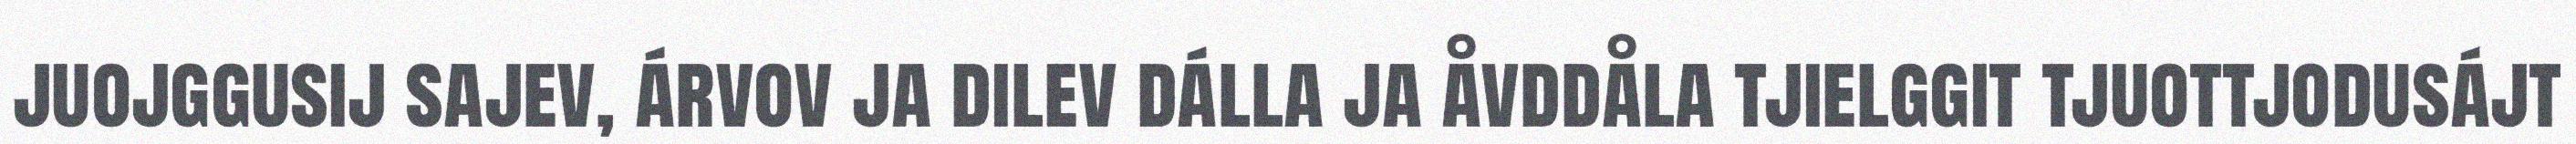
juojggusij sajev, árvov ja dilev dálla ja åvddåla tjielggit tjuottjodusájt